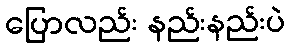
ပြောလည်း နည်းနည်းပဲ